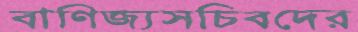
বাণিজ্যসচিবদের